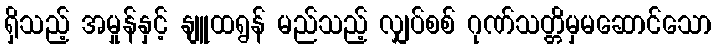
ရှိသည့် အမှုန်နှင့် နျူထရွန် မည်သည့် လျှပ်စစ် ဂုဏ်သတ္တိမှမဆောင်သော